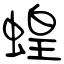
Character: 蝗